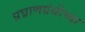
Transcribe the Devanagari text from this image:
प्रघ्राणग्रंथीच्या